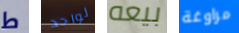
ط لواحد بيعه مراوغة